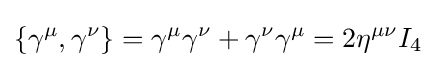
\left\{\gamma ^{\mu },\gamma ^{\nu }\right\}=\gamma ^{\mu }\gamma ^{\nu }+\gamma ^{\nu }\gamma ^{\mu }=2\eta ^{\mu \nu }I_{4}\